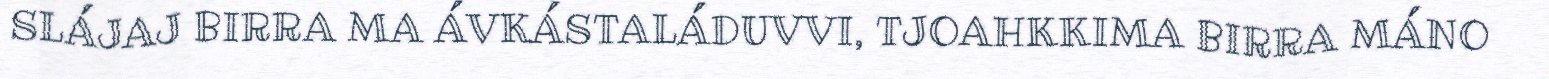
SLÁJAJ BIRRA MA ÁVKÁSTALÁDUVVI, TJOAHKKIMA BIRRA MÁNO